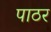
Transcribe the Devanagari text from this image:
पाठर